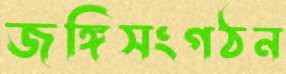
জঙ্গিসংগঠন